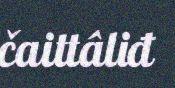
čaittâliđ